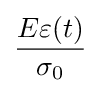
{\frac {E\varepsilon (t)}{\sigma _{0}}}